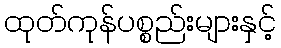
ထုတ်ကုန်ပစ္စည်းများနှင့်